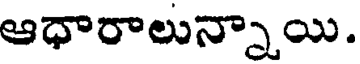
ఆధారాలున్నాయి.